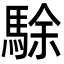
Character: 駼